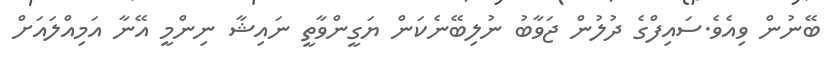
ބޭނުން ވިއެވެ.ސައިފްގެ ދުލުން ޖަވާބު ނުލިބޭނެކަން ޔަގީންވާތީ ނައިޝާ ނިންމީ އޭނާ އަމިއްލައަށް